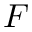
F